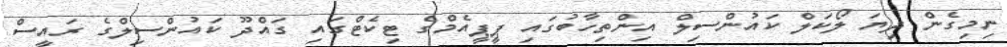
ނިމިގެން ދިޔަ ލޯކަލް ކައުންސިލް އިންތިހާބުގައި ޕީޕީއެމްގެ ޓިކެޓްގައި ގައްދޫ ކައުންސިލްގެ ރައީސް